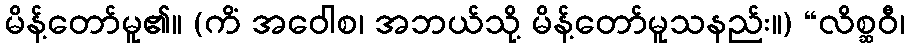
မိန့်တော်မူ၏။ (ကိံ အဝေါစ၊ အဘယ်သို့ မိန့်တော်မူသနည်း။) “လိစ္ဆဝီ၊